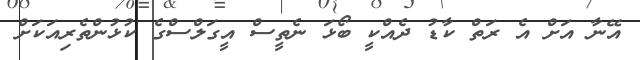
އޭނާ އަށް އެ ރަތް ކާޑު ދެއްކީ ބޯޅަ ނެތީސް އީގަލްސްގެ ކުޅުންތެރިއަކަށް